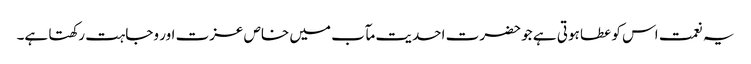
یہ نعمت اس کو عطا ہوتی ہے جو حضرت احدیت مآب میں خاص عزت اور وجاہت رکھتا ہے۔